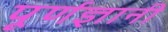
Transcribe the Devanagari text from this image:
पूर्णज्ञानी